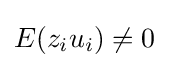
E(z_{i}u_{i})\neq 0